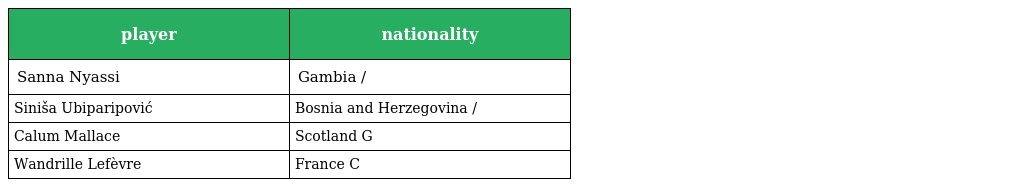
| player | nationality |
 | --- | --- |
 | Sanna Nyassi | Gambia / |
 | Siniša Ubiparipović | Bosnia and Herzegovina / |
 | Calum Mallace | Scotland G |
 | Wandrille Lefèvre | France C |